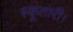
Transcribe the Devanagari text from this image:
स्कूतारी।